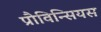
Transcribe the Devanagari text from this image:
प्रौविन्सियस